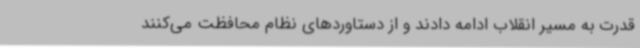
قدرت به مسیر انقلاب ادامه دادند و از دستاوردهای نظام محافظت می‌کنند